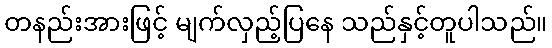
တနည်းအားဖြင့် မျက်လှည့်ပြနေ သည်နှင့်တူပါသည်။